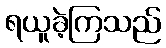
ရယူခဲ့ကြသည်